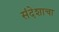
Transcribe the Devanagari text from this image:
संदेशाचा